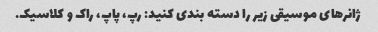
ژانرهای موسیقی زیر را دسته بندی کنید: رپ، پاپ، راک و کلاسیک.